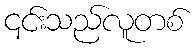
၎င်းသည်လူတစ်